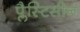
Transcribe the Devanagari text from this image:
प्लैस्टिसीन